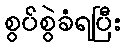
စွပ်စွဲခံရပြီး